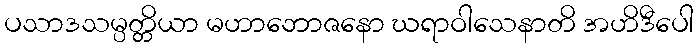
ပသာဒသမ္ပတ္တိယာ မဟာဘောဇနော ဃရာဝါသေနာတိ အဟိဒီပေါ